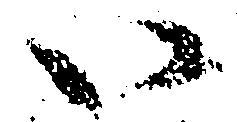
い